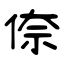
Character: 倷